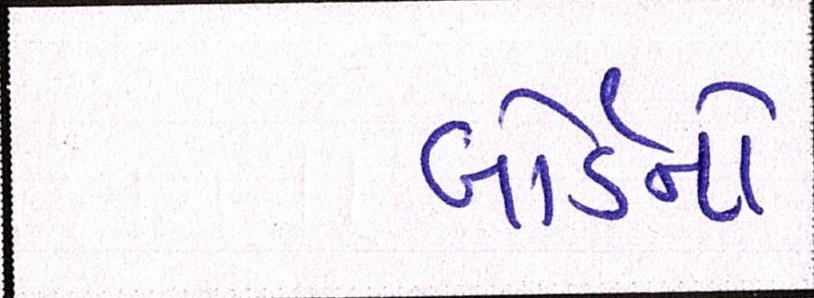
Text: બોર્ડનો